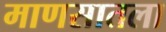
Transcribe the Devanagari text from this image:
माणसातला